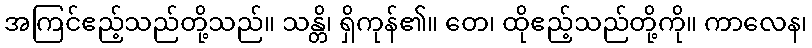
အကြင်ဧည့်သည်တို့သည်။ သန္တိ၊ ရှိကုန်၏။ တေ၊ ထိုဧည့်သည်တို့ကို။ ကာလေန၊